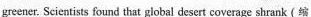
greener. Scientists found that giobal desert coverage shrank (缩